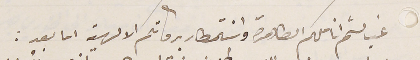
غب لثم اناملكم الطاهرة واسَتمطار بركاتكم الالهية اما بعد :